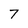
Character: 7